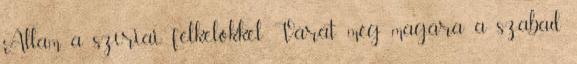
Állam a szíriai felkelőkkel Várat még magára a szabad